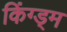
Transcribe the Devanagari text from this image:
किंग्ड्म